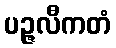
ပဉ္ဇလီကတံ